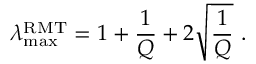
\lambda _ { \operatorname* { m a x } } ^ { \mathrm { R M T } } = 1 + \frac { 1 } { Q } + 2 \sqrt { \frac { 1 } { Q } } ~ .